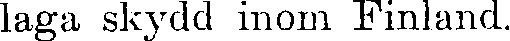
laga skydd inom Finland.